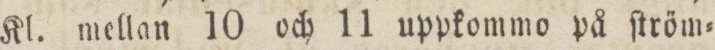
Kl. mellan 10 och 11 uppkommo på ſtröm=